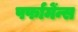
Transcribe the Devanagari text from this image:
पर्फामेंन्स